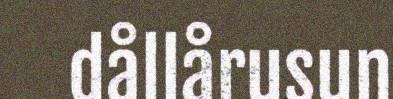
dållårusun